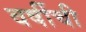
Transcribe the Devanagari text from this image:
वर्षीची